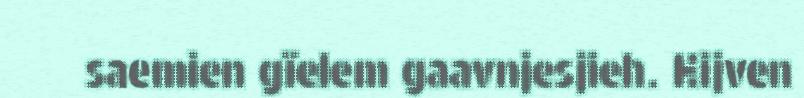
saemien gïelem gaavnjesjieh. Hijven